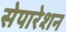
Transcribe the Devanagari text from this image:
सेपारेशन